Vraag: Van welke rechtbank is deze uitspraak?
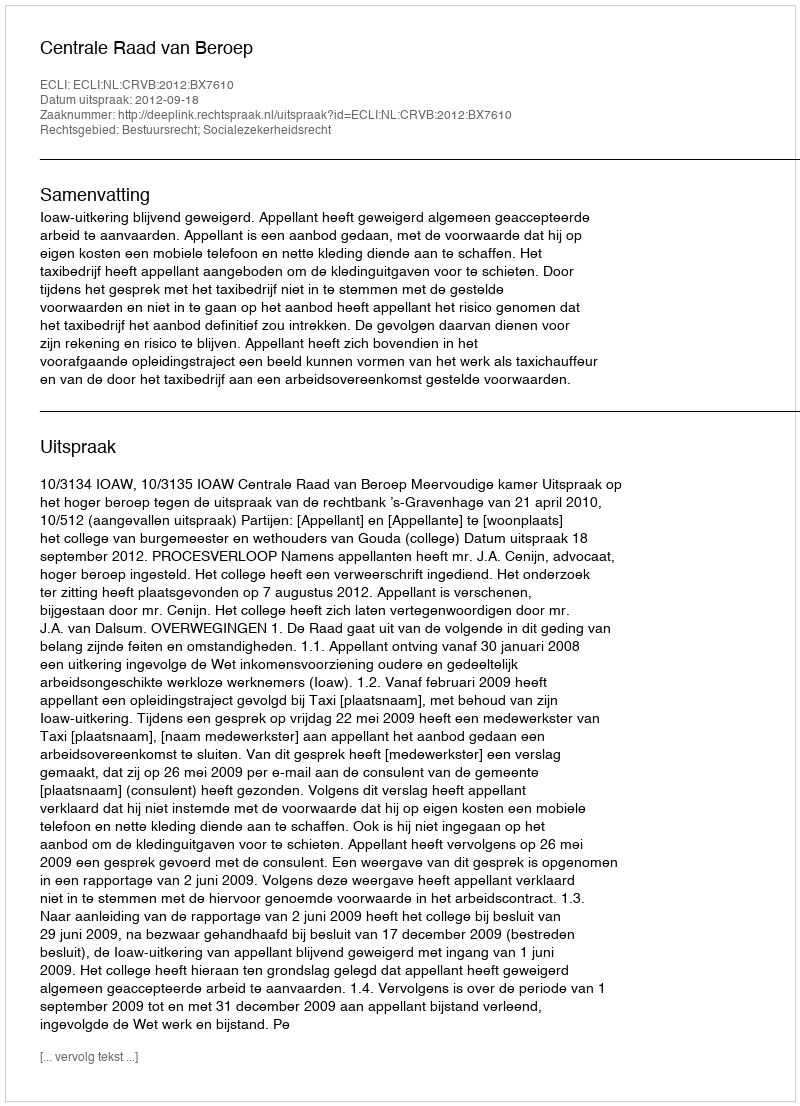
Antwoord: Centrale Raad van Beroep